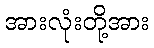
အားလုံးတို့အား